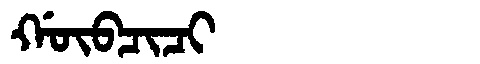
Manchu: ᡤᡡᠪᠴᡳᠴᡳ
Romanization: GŪBCICI